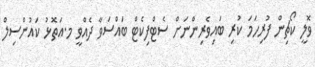
ވޮލީ ކޯޗިން ފުރިހަމަ ކުރި ބައިވެރިންނަށް ސެޓްފިކެޓް ބައްސަވާ ދެއްވީ މ.އަތޮޅު ކައުންސިލް